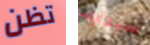
تظن سيجارة